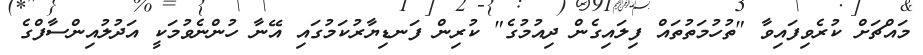
މައްޗަށް ކުރެވިފައިވާ "ތުހުމަތުތައް ފިލައިގެން ދިއުމުގެ" ކުރިން ފަނޑިޔާރުކަމުގައި އޭނާ ހުންނެވުމަކީ އަދުލުއިންސާފްގެ